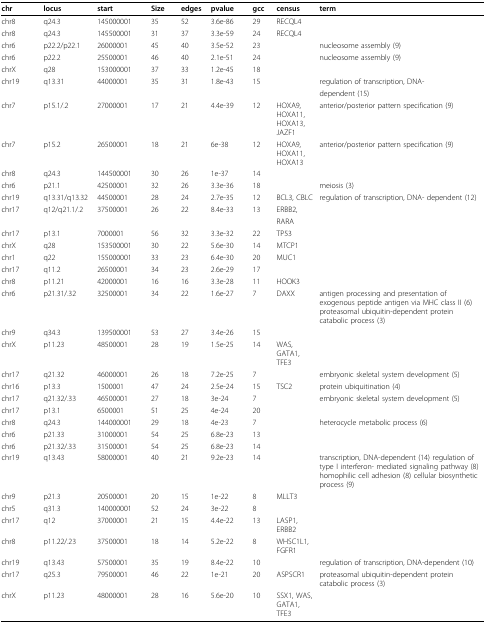
<table><thead><tr><td><b>chr</b></td><td><b>locus</b></td><td><b>start</b></td><td><b>Size</b></td><td><b>edges</b></td><td><b>pvalue</b></td><td><b>gcc</b></td><td><b>census</b></td><td><b>term</b></td></tr></thead><tbody><tr><td>chr8</td><td>q24.3</td><td>145000001</td><td>35</td><td>52</td><td>3.6e-86</td><td>29</td><td>RECQL4</td><td></td></tr><tr><td>chr8</td><td>q24.3</td><td>145500001</td><td>31</td><td>37</td><td>3.3e-59</td><td>24</td><td>RECQL4</td><td></td></tr><tr><td>chr6</td><td>p22.2/p22.1</td><td>26000001</td><td>45</td><td>40</td><td>3.5e-52</td><td>23</td><td></td><td>nucleosome assembly (9)</td></tr><tr><td>chr6</td><td>p22.2</td><td>25500001</td><td>46</td><td>40</td><td>2.1e-51</td><td>24</td><td></td><td>nucleosome assembly (9)</td></tr><tr><td>chrX</td><td>q28</td><td>153000001</td><td>37</td><td>33</td><td>1.2e-45</td><td>18</td><td></td><td></td></tr><tr><td>chr19</td><td>q13.31</td><td>44000001</td><td>35</td><td>31</td><td>1.8e-43</td><td>15</td><td></td><td>regulation of transcription, DNA-</td></tr><tr><td></td><td></td><td></td><td></td><td></td><td></td><td></td><td></td><td>dependent (15)</td></tr><tr><td>chr7</td><td>p15.1/.2</td><td>27000001</td><td>17</td><td>21</td><td>4.4e-39</td><td>12</td><td>HOXA9, HOXA11, HOXA13, JAZF1</td><td>anterior/posterior pattern specification (9)</td></tr><tr><td>chr7</td><td>p15.2</td><td>26500001</td><td>18</td><td>21</td><td>6e-38</td><td>12</td><td>HOXA9, HOXA11, HOXA13</td><td>anterior/posterior pattern specification (9)</td></tr><tr><td>chr8</td><td>q24.3</td><td>144500001</td><td>30</td><td>26</td><td>1e-37</td><td>14</td><td></td><td></td></tr><tr><td>chr6</td><td>p21.1</td><td>42500001</td><td>32</td><td>26</td><td>3.3e-36</td><td>18</td><td></td><td>meiosis (3)</td></tr><tr><td>chr19</td><td>q13.31/q13.32</td><td>44500001</td><td>28</td><td>24</td><td>2.7e-35</td><td>12</td><td>BCL3, CBLC</td><td>regulation of transcription, DNA- dependent (12)</td></tr><tr><td>chr17</td><td>q12/q21.1/.2</td><td>37500001</td><td>26</td><td>22</td><td>8.4e-33</td><td>13</td><td>ERBB2,</td><td></td></tr><tr><td></td><td></td><td></td><td></td><td></td><td></td><td></td><td>RARA</td><td></td></tr><tr><td>chr17</td><td>p13.1</td><td>7000001</td><td>56</td><td>32</td><td>3.3e-32</td><td>22</td><td>TP53</td><td></td></tr><tr><td>chrX</td><td>q28</td><td>153500001</td><td>30</td><td>22</td><td>5.6e-30</td><td>14</td><td>MTCP1</td><td></td></tr><tr><td>chr1</td><td>q22</td><td>155000001</td><td>33</td><td>23</td><td>6.4e-30</td><td>20</td><td>MUC1</td><td></td></tr><tr><td>chr17</td><td>q11.2</td><td>26500001</td><td>34</td><td>23</td><td>2.6e-29</td><td>17</td><td></td><td></td></tr><tr><td>chr8</td><td>p11.21</td><td>42000001</td><td>16</td><td>16</td><td>3.3e-28</td><td>11</td><td>HOOK3</td><td></td></tr><tr><td>chr6</td><td>p21.31/.32</td><td>32500001</td><td>34</td><td>22</td><td>1.6e-27</td><td>7</td><td>DAXX</td><td>antigen processing and presentation of exogenous peptide antigen viaMHC class II (6) proteasomal ubiquitin-dependent protein catabolicprocess (3)</td></tr><tr><td>chr9</td><td>q34.3</td><td>139500001</td><td>53</td><td>27</td><td>3.4e-26</td><td>15</td><td></td><td></td></tr><tr><td>chrX</td><td>p11.23</td><td>48500001</td><td>28</td><td>19</td><td>1.5e-25</td><td>14</td><td>WAS, GATA1, TFE3</td><td></td></tr><tr><td>chr17</td><td>q21.32</td><td>46000001</td><td>26</td><td>18</td><td>7.2e-25</td><td>7</td><td></td><td>embryonic skeletal system development (5)</td></tr><tr><td>chr16</td><td>p13.3</td><td>1500001</td><td>47</td><td>24</td><td>2.5e-24</td><td>15</td><td>TSC2</td><td>protein ubiquitination (4)</td></tr><tr><td>chr17</td><td>q21.32/.33</td><td>46500001</td><td>27</td><td>18</td><td>3e-24</td><td>7</td><td></td><td>embryonic skeletal system development (5)</td></tr><tr><td>chr17</td><td>p13.1</td><td>6500001</td><td>51</td><td>25</td><td>4e-24</td><td>20</td><td></td><td></td></tr><tr><td>chr8</td><td>q24.3</td><td>144000001</td><td>29</td><td>18</td><td>4e-23</td><td>7</td><td></td><td>heterocycle metabolic process (6)</td></tr><tr><td>chr6</td><td>p21.33</td><td>31000001</td><td>54</td><td>25</td><td>6.8e-23</td><td>13</td><td></td><td></td></tr><tr><td>chr6</td><td>p21.32/.33</td><td>31500001</td><td>54</td><td>25</td><td>6.8e-23</td><td>14</td><td></td><td></td></tr><tr><td>chr19</td><td>q13.43</td><td>58000001</td><td>40</td><td>21</td><td>9.2e-23</td><td>14</td><td></td><td>transcription, DNA-dependent (14) regulation of type I interferon-mediated signaling pathway (8) homophilic cell adhesion (8) cellularbiosynthetic process (9)</td></tr><tr><td>chr9</td><td>p21.3</td><td>20500001</td><td>20</td><td>15</td><td>1e-22</td><td>8</td><td>MLLT3</td><td></td></tr><tr><td>chr5</td><td>q31.3</td><td>140000001</td><td>52</td><td>24</td><td>3e-22</td><td>8</td><td></td><td></td></tr><tr><td>chr17</td><td>q12</td><td>37000001</td><td>21</td><td>15</td><td>4.4e-22</td><td>13</td><td>LASP1, ERBB2</td><td></td></tr><tr><td>chr8</td><td>p11.22/.23</td><td>37500001</td><td>18</td><td>14</td><td>5.2e-22</td><td>8</td><td>WHSC1L1, FGFR1</td><td></td></tr><tr><td>chr19</td><td>q13.43</td><td>57500001</td><td>35</td><td>19</td><td>8.4e-22</td><td>10</td><td></td><td>regulation of transcription, DNA-dependent (10)</td></tr><tr><td>chr17</td><td>q25.3</td><td>79500001</td><td>46</td><td>22</td><td>1e-21</td><td>20</td><td>ASPSCR1</td><td>proteasomal ubiquitin-dependent protein catabolic process (3)</td></tr><tr><td>chrX</td><td>p11.23</td><td>48000001</td><td>28</td><td>16</td><td>5.6e-20</td><td>10</td><td>SSX1, WAS, GATA1, TFE3</td><td></td></tr></tbody></table>